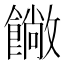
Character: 𩞥